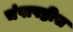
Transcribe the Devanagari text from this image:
चंपाषष्ठीस